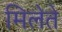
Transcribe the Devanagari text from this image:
मिलेते